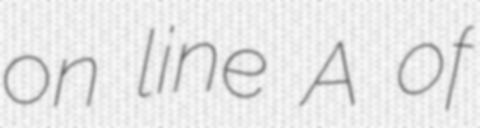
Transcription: on line A of